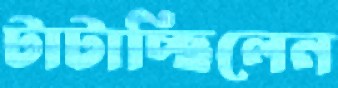
টাটাচ্ছিলেন